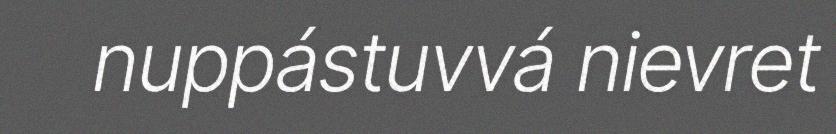
nuppástuvvá nievret